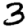
Digit: 3